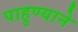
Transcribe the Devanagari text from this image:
पाहुण्याने